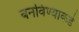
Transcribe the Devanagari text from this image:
बनविण्याकडे